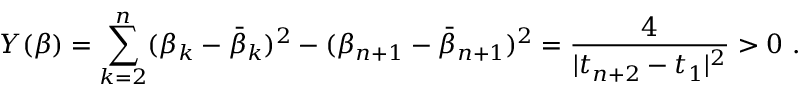
Y ( \beta ) = \sum _ { k = 2 } ^ { n } ( \beta _ { k } - \bar { \beta } _ { k } ) ^ { 2 } - ( \beta _ { n + 1 } - \bar { \beta } _ { n + 1 } ) ^ { 2 } = { \frac { 4 } { | t _ { n + 2 } - t _ { 1 } | ^ { 2 } } } > 0 \ .